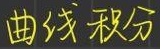
曲线积分